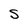
Character: S